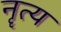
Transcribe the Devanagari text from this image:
नॄत्य